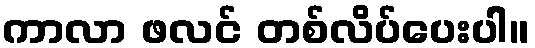
ကာလာ ဖလင် တစ်လိပ်ပေးပါ။